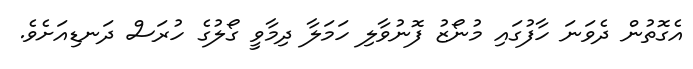
އެގޮތުން ދެވަނަ ހާފުގައި މުނޯޒު ފޮނުވާލި ހަމަލާ ދިމާވީ ގޯލުގެ ހުރަސް ދަނޑިއަށެވެ.